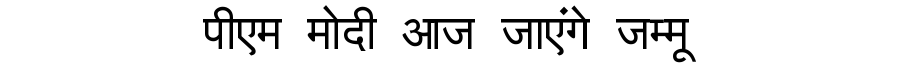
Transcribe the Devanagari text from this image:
पीएम मोदी आज जाएंगे जम्मू